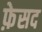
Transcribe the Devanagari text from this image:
फ़ेसद